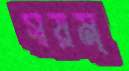
স্বয়ম্